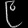
Digit: ၉